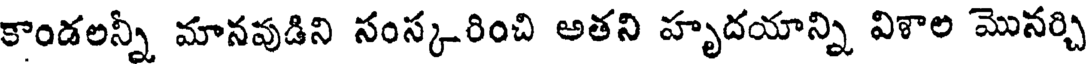
కాండలన్నీ మానవుడిని సంస్కరించి అతని హృదయాన్ని విశాల మొనర్చి